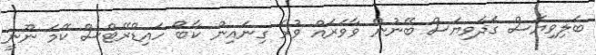
ބަލިވިޔަސް ގަދަވިޔަސް ބޭނުން ވާވަރައް ވުރެ ގިނައިން ކާބޯ ހައިޑްރޭޓްސް ކޭމަ ނޫނީ